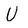
Character: U